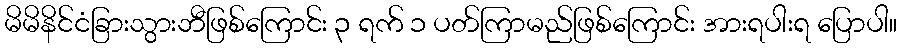
မိမိနိင်ငံခြားသွားဘီဖြစ်ကြောင်း ၃ ရက် ၁ ပတ်ကြာမည်ဖြစ်ကြောင်း အားရပါးရ ပြောပါ။